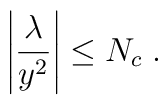
\left| \frac{\lambda}{y^2}\right|\leq N_c \;.